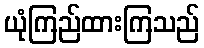
ယုံကြည်ထားကြသည်